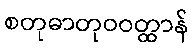
စတုဓာတုဝဝတ္ထာန်